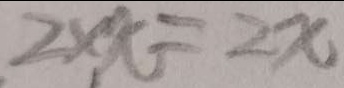
2 \times x = 2 x